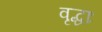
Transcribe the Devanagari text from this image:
वृद्धाः